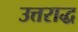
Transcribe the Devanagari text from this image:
उत्तराद्ध